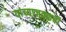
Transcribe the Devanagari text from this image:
यांच्याजवळची